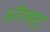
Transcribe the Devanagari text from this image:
ऑगस्‍टा